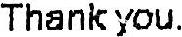
THANK YOU.